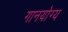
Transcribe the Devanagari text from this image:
गानयोग्य